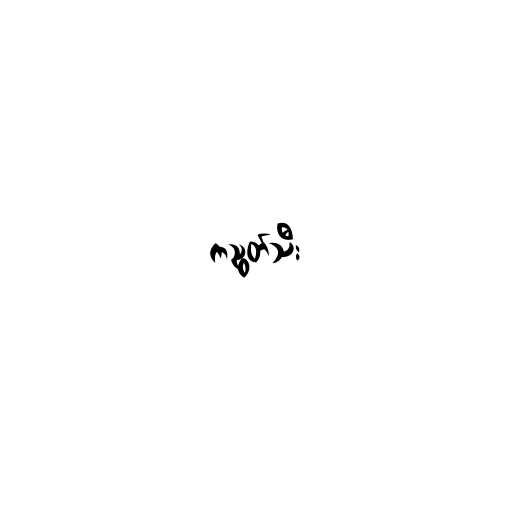
ကညွတ်သီး